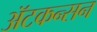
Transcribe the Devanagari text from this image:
ॲटकन्सन